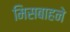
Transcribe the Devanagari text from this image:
मिसबाहने